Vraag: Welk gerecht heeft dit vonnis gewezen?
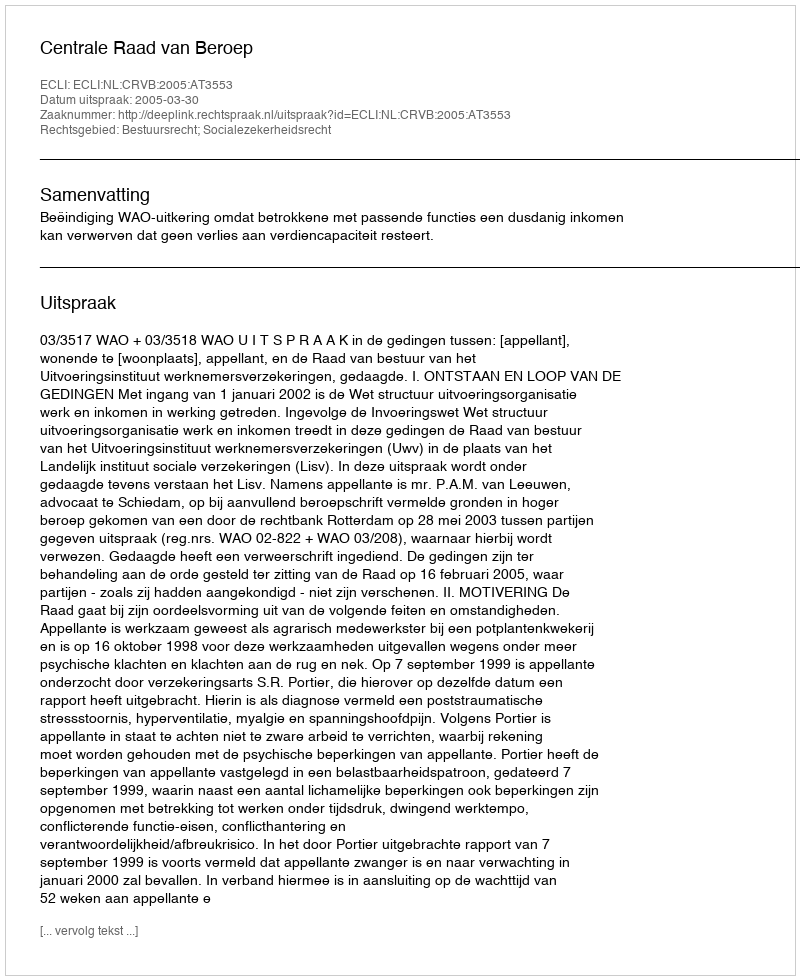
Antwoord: Centrale Raad van Beroep